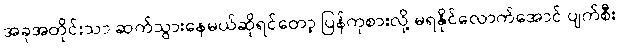
အခုအတိုင်းသာ ဆက်သွားနေမယ်ဆိုရင်တော့ ပြန်ကုစားလို့ မရနိုင်လောက်အောင် ပျက်စီး